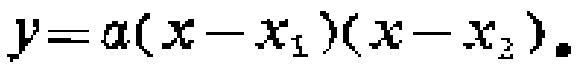
\(y = a(x - x_1)(x - x_2).\)